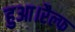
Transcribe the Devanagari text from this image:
हुआ।रैल्फ